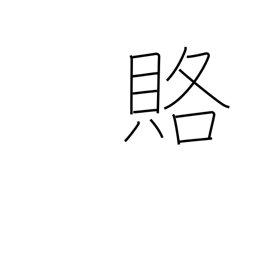
Meaning: bribe